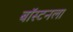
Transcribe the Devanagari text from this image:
बॉस्टनला